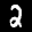
Label: 2